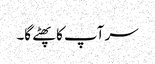
سر آپ کا پھٹے گا۔